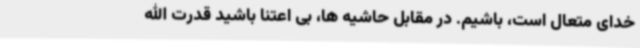
خدای متعال است، باشیم. در مقابل حاشیه ها، بی اعتنا باشید قدرت الله